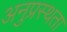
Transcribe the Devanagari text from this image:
अनुप्रस्थता